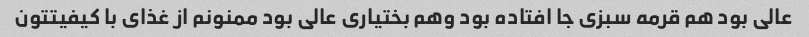
عالی بود هم قرمه سبزی جا افتاده بود وهم بختیاری عالی بود ممنونم از غذای با کیفیتتون